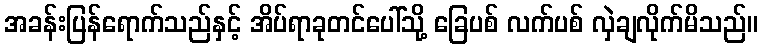
အခန်းပြန်ရောက်သည်နှင့် အိပ်ရာခုတင်ပေါ်သို့ ခြေပစ် လက်ပစ် လှဲချလိုက်မိသည်။